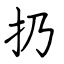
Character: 扔